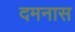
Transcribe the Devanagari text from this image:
दमनास